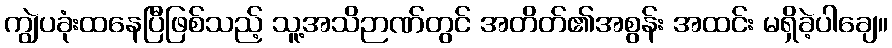
ကျွဲပခုံးထနေပြီဖြစ်သည့် သူ့အသိဉာဏ်တွင် အတိတ်၏အစွန်း အထင်း မရှိခဲ့ပါချေ။